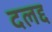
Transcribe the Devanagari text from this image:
दलद्द